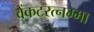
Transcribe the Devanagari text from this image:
वेंकटरत्नम्मा